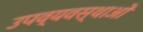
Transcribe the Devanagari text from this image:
उपव्यवस्थाओं